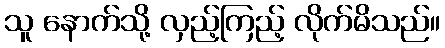
သူ နောက်သို့ လှည့်ကြည့် လိုက်မိသည်။